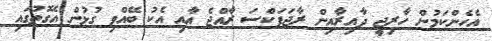
އެހެންކަމުން ހާރިޖީ ދާއިރާއިން ރާޖަޕަކްސަ ރާއްޖެ އާއި އެކު ބޭއްވި ގުޅުން އެގޮތުގައި